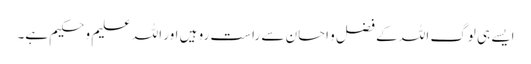
ایسے ہی لوگ اللہ کے فضل و احسان سے راست رو ہیں اور اللہ علیم و حکیم ہے۔